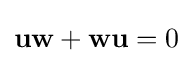
\mathbf {u} \mathbf {w} +\mathbf {w} \mathbf {u} =0